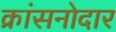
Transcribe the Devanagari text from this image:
क्रांसनोदार